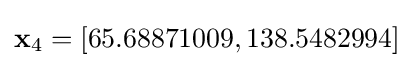
\mathbf {x} _{4}=\left[65.68871009,138.5482994\right]